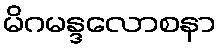
မိဂမန္ဒလောစနာ